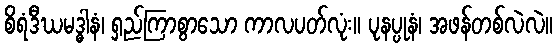
စိရံဒီဃမဒ္ဓါနံ၊ ရှည်ကြာစွာသော ကာလပတ်လုံး။ ပုနပ္ပုနံ၊ အဖန်တစ်လဲလဲ။